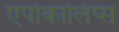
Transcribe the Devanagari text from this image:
एपोकालिप्स